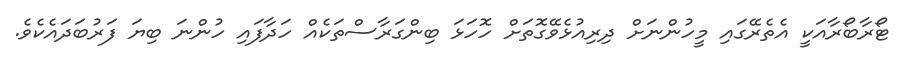
ޓޯރާބޯރާއަކީ އެތެރޭގައި މީހުންނަށް ދިރިއުޅެވޭގޮތަށް ހޮހަޅަ ބިންގަރާސްތަކެއް ހަދާފައި ހުންނަ ބިޔަ ފަރުބަދައެކެވެ.